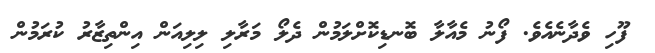
ފޫހި ވެދާނެއެވެ. ފޯނު މެއާލާ ބޮނޑިކޮށްލަމުން ދެލޯ މަރާލި ލިލިއަން އިންތިޒާރު ކުރަމުން